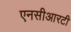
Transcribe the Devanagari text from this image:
एनसीआरटी